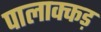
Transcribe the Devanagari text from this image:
पालाक्कड़